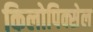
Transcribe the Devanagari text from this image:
किलोपिक्सेल